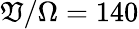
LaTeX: \mathfrak{V}/\Omega=140